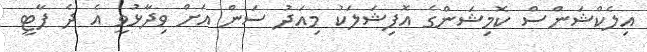
އިލެކްޝަންސް ކޮމިޝަންގެ އޮފިޝަލަކު މިއަދު ސަން އަށް ވިދާޅުވީ އެ ދެ ޕާޓީ